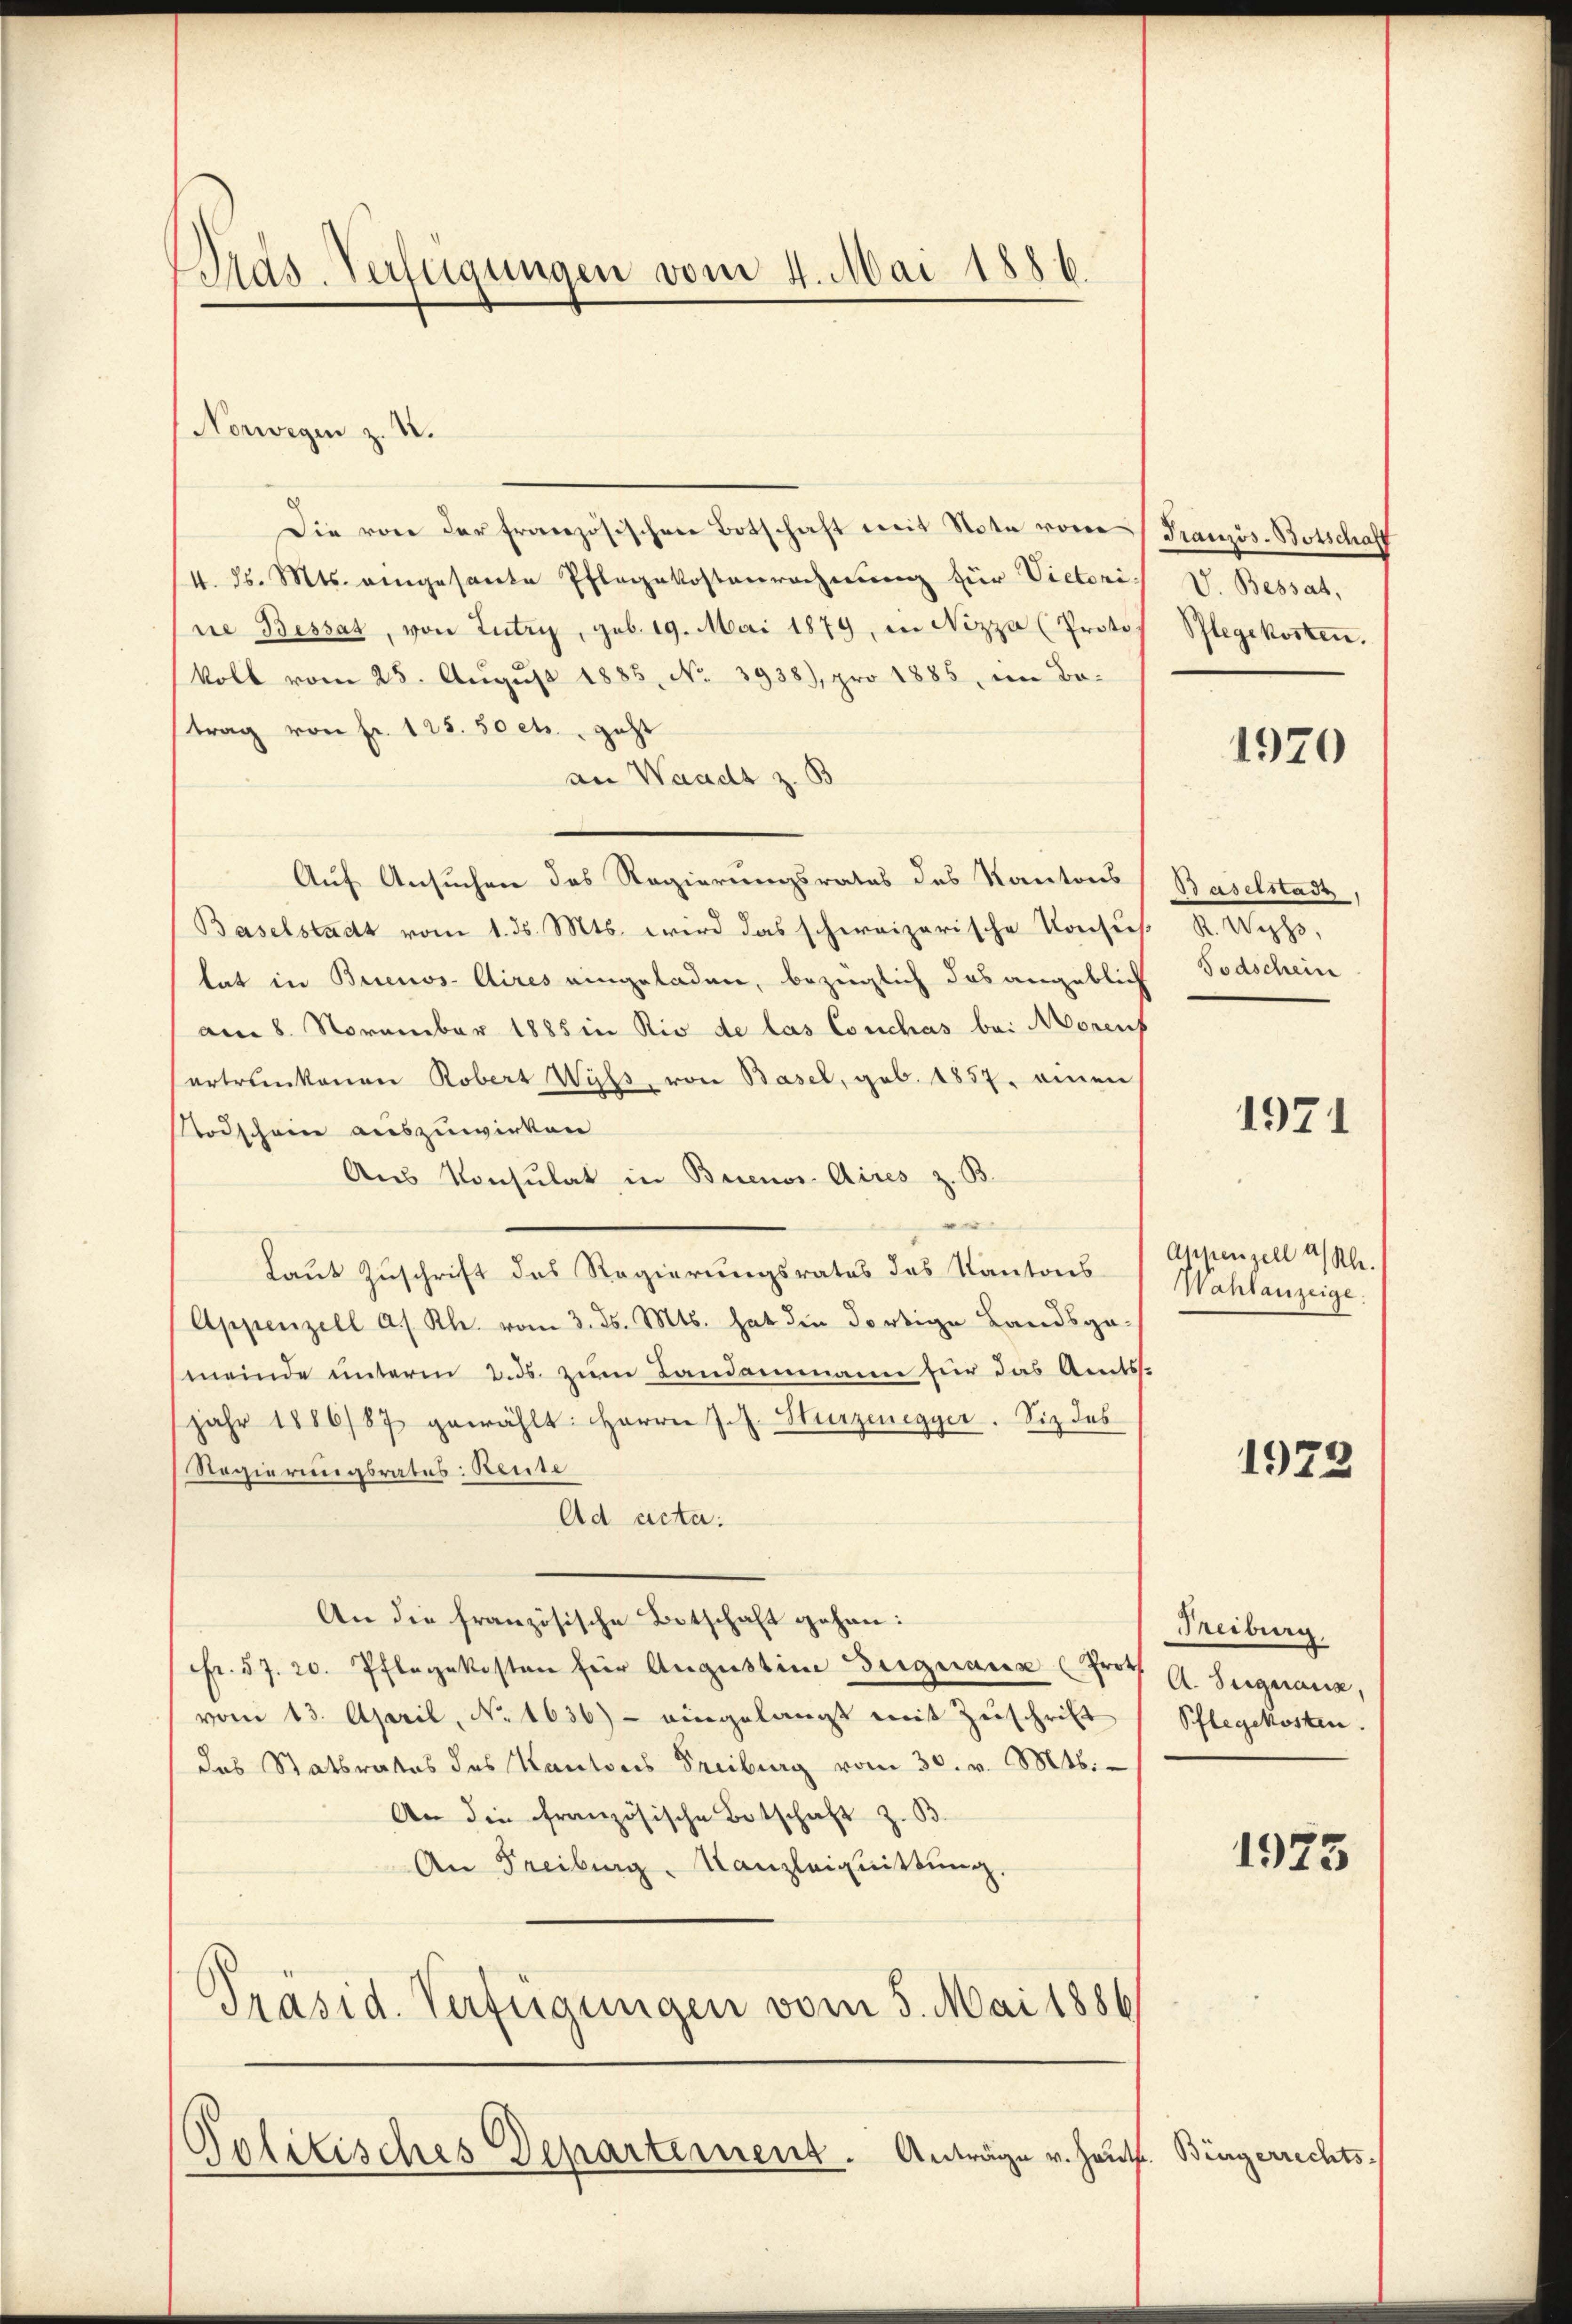
Dras-Verfügungen vom 4. Mai 1886.

Norwegen z. B.
Die von der französischen Botschaft mit Note vom
4. ds. Mts. eingesante Pflegekostenrechnung für Victoris V. Bessat,
ne Bessar, von Lutry, geb. 19. Mai 1879, in Nizza (Protos Pflegekosten.
koll vom 25. Aŭgŭst 1885, No. 3938), pro 1885, im Bo-
trag von Fr. 123. 50 ctr., geht
an Waadt z. B
Auf Ansuchen des Regierungsrates des Kantons
Baselstadt vom 1. ds. Mts. wird das schweizerische Konsis R. Wyss,
tat in Buenos-Aires eingeladen, bezüglich das angeblich
am 8. November 1885 in Rio de las Conchas bei Morenf
ertrunkenen Robert Wyss, von Basel, geb. 1857. einen
Todschein auszuwirken
Aus Konsulat in Buenos Aires z. B.
Laut Zuschrift des Regierungsrates des Kantons
Appenzell a. s. Rh. vom 3. ds. Mts. hat den dortige Landsga-
meinde unterm 2. ds. zum Landammann für das Amts-
jahr 1886/87 gewählt: Herrn J. J. Hurzenegger. Sie des
Regierungsrates: Reute
Ad acta.
An die französische Botschaft gehen:
Fr. 57. 20. Pflegekosten für Augustin Begnauer (Prof A. Signana,
vom 13. April, No. 1636) - eingelangt mit Zuschrift (Pflegekosten.
das Statsrates des Kantons Freiburg vom 30. v. Mts.
An die Französische Botschaft z. B.
An Freiburg, Kanzleiquittung.
Präsid. Verfügungen vom 5. Mai 1886/

Politisches Departement. Anträge v. Haut. Bingerrechts-

Französ. Botschaft

Baselstade.
Todschein

Appenzell a/Rh.
Wahlanzeige.

1970

1971

1979

Treiburg.

1975